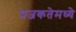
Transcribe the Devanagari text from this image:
प्रजकतेमध्ये